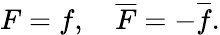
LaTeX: F=f,\quad\overline{{F}}=-\overline{{f}}.